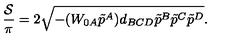
{ \frac { \cal S } { \pi } } = 2 \sqrt { - ( W _ { 0 A } \tilde { p } ^ { A } ) d _ { B C D } \tilde { p } ^ { B } \tilde { p } ^ { C } \tilde { p } ^ { D } } .